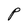
Character: P